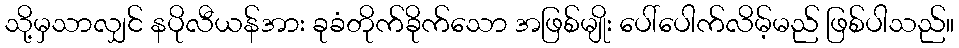
သို့မှသာလျှင် နပိုလီယန်အား ခုခံတိုက်ခိုက်သော အဖြစ်မျိုး ပေါ်ပေါက်လိမ့်မည် ဖြစ်ပါသည်။